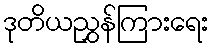
ဒုတိယညွှန်ကြားရေး